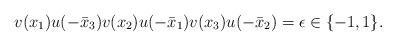
LaTeX: \begin{align*} v(x_1)u(-\bar x_3)v(x_2)u(-\bar x_1)v(x_3)u(-\bar x_2)=\epsilon\in\{-1,1\}.\end{align*}